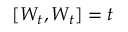
[ W _ { t } , W _ { t } ] = t